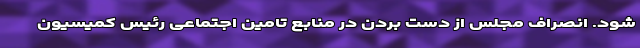
شود. انصراف مجلس از دست‌ بردن در منابع تامین اجتماعی رئیس کمیسیون